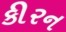
કીરન